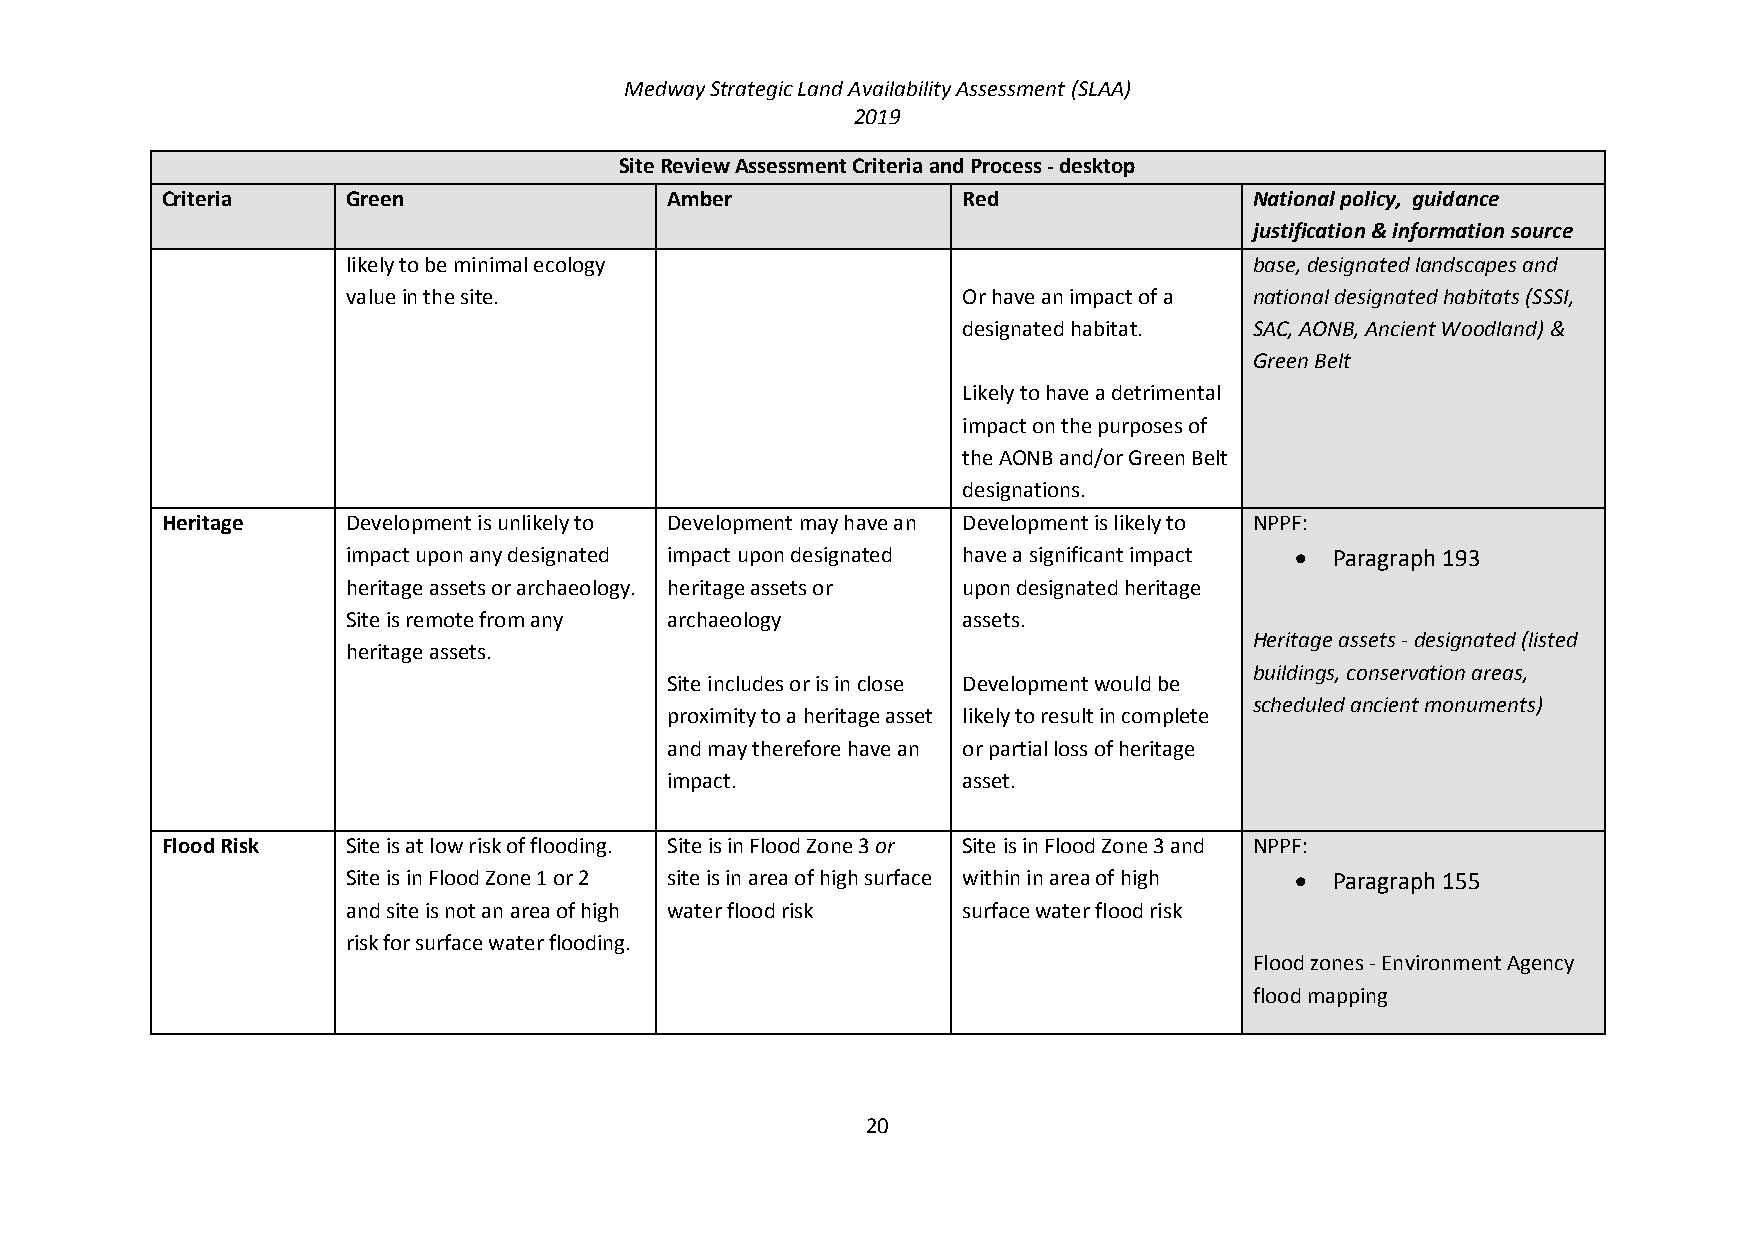
Medway Strategic Land Availability Assessment (SLAA)
 2019
 Site Review Assessment Criteria and Process - desktop
 Criteria    Green                Amber               Red                National policy, guidance
 justification & information source
 likely to be minimal ecology                                base, designated landscapes and
 value in the site.                       Or have an impact of a national designated habitats (SSSI,
 designated habitat. SAC, AONB, Ancient Woodland) &
 Green Belt
 Likely to have a detrimental
 impact on the purposes of
 the AONB and/or Green Belt
 designations.
 Heritage    Development is unlikely to Development may have an Development is likely to NPPF:
 impact upon any designated impact upon designated have a significant impact  Paragraph 193
 heritage assets or archaeology. heritage assets or upon designated heritage
 Site is remote from any archaeology      assets.
 Heritage assets - designated (listed
 heritage assets.
 buildings, conservation areas,
 Site includes or is in close Development would be
 scheduled ancient monuments)
 proximity to a heritage asset likely to result in complete
 and may therefore have an or partial loss of heritage
 impact.             asset.
 Flood Risk  Site is at low risk of flooding. Site is in Flood Zone 3 or Site is in Flood Zone 3 and NPPF:
 Site is in Flood Zone 1 or 2 site is in area of high surface within in area of high  Paragraph 155
 and site is not an area of high water flood risk surface water flood risk
 risk for surface water flooding.
 Flood zones - Environment Agency
 flood mapping
 20